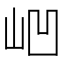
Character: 𱛗